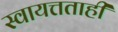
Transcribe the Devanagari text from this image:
स्वायत्तताही